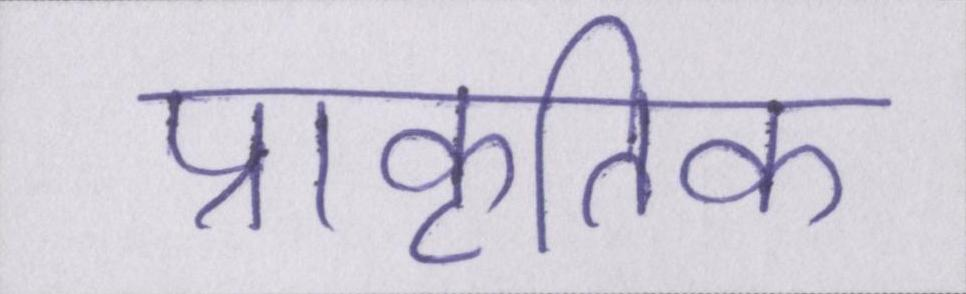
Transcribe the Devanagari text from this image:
प्राकृतिक